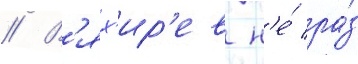
// В'ях'ир'ев н'е́ ра́з